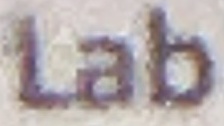
Lab